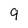
Character: 9